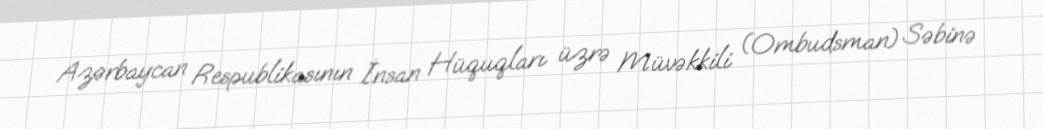
Azərbaycan Respublikasının İnsan Hüquqları üzrə Müvəkkili (Ombudsman) Səbinə